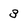
Character: 3